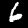
Label: 6